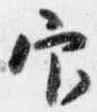
官